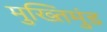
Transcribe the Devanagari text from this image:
मुख्तिमुंड